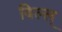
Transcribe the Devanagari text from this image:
बिल्ल्